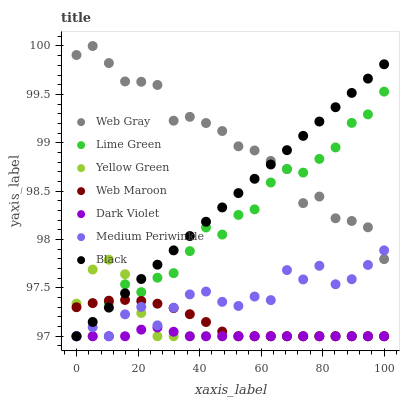
| xaxis_label | Web Gray | Lime Green | Yellow Green | Web Maroon | Dark Violet | Medium Periwinkle | Black |
 | --- | --- | --- | --- | --- | --- | --- | --- |
 | 0 | 99.9 | 97 | 97.3 | 97.3 | 97 | 97 | 97 |
 | 5.26 | 100 | 97 | 97.7 | 97.3 | 97 | 97.1 | 97.1 |
 | 10.5 | 99.8 | 97.3 | 97.8 | 97.4 | 97 | 97 | 97.3 |
 | 15.8 | 99.6 | 97.5 | 97.6 | 97.4 | 97 | 97.2 | 97.4 |
 | 21.1 | 99.6 | 97.5 | 97.2 | 97.4 | 97.1 | 97.3 | 97.6 |
 | 26.3 | 99.6 | 97.6 | 97 | 97.3 | 97.1 | 97.1 | 97.7 |
 | 31.6 | 99.2 | 97.7 | 97 | 97.3 | 97 | 97.3 | 97.9 |
 | 36.8 | 99.3 | 97.9 | 97 | 97.2 | 97 | 97.4 | 98 |
 | 42.1 | 99.2 | 98.1 | 97 | 97.1 | 97 | 97.5 | 98.2 |
 | 47.4 | 99.1 | 98.1 | 97 | 97 | 97 | 97.4 | 98.3 |
 | 52.6 | 99 | 98.3 | 97 | 97 | 97 | 97.3 | 98.5 |
 | 57.9 | 98.9 | 98.3 | 97 | 97 | 97 | 97.4 | 98.6 |
 | 63.2 | 98.8 | 98.6 | 97 | 97 | 97 | 97.4 | 98.8 |
 | 68.4 | 98.7 | 98.7 | 97 | 97 | 97 | 97.7 | 98.9 |
 | 73.7 | 98.4 | 98.7 | 97 | 97 | 97 | 97.6 | 99.1 |
 | 78.9 | 98.4 | 98.8 | 97 | 97 | 97 | 97.7 | 99.2 |
 | 84.2 | 98.2 | 99 | 97 | 97 | 97 | 97.5 | 99.4 |
 | 89.5 | 98.2 | 99.2 | 97 | 97 | 97 | 97.6 | 99.5 |
 | 94.7 | 98.1 | 99.3 | 97 | 97 | 97 | 97.7 | 99.7 |
 | 100 | 97.8 | 99.5 | 97 | 97 | 97 | 97.9 | 99.8 |